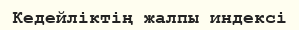
Кедейліктің жалпы индексі